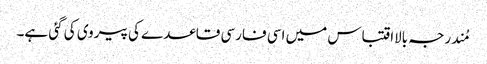
مُندرجہ بالااقتباس میں اسی فارسی قاعدے کی پیروی کی گئی ہے۔